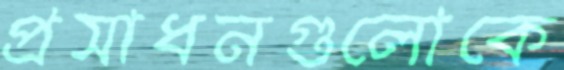
প্রসাধনগুলোকে